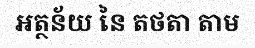
អត្ថន័យ នៃ តថតា តាម